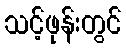
သင့်ဖုန်းတွင်